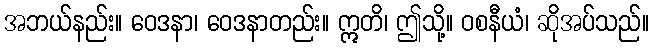
အဘယ်နည်း။ ဝေဒနာ၊ ဝေဒနာတည်း။ ဣတိ၊ ဤသို့။ ဝစနီယံ၊ ဆိုအပ်သည်။